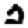
Digit: 2